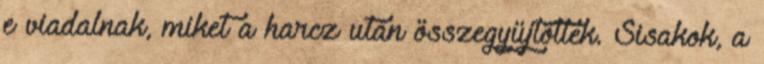
e viadalnak, miket a harcz után összegyüjtöttek. Sisakok, a